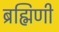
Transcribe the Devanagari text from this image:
ब्रह्मिणी